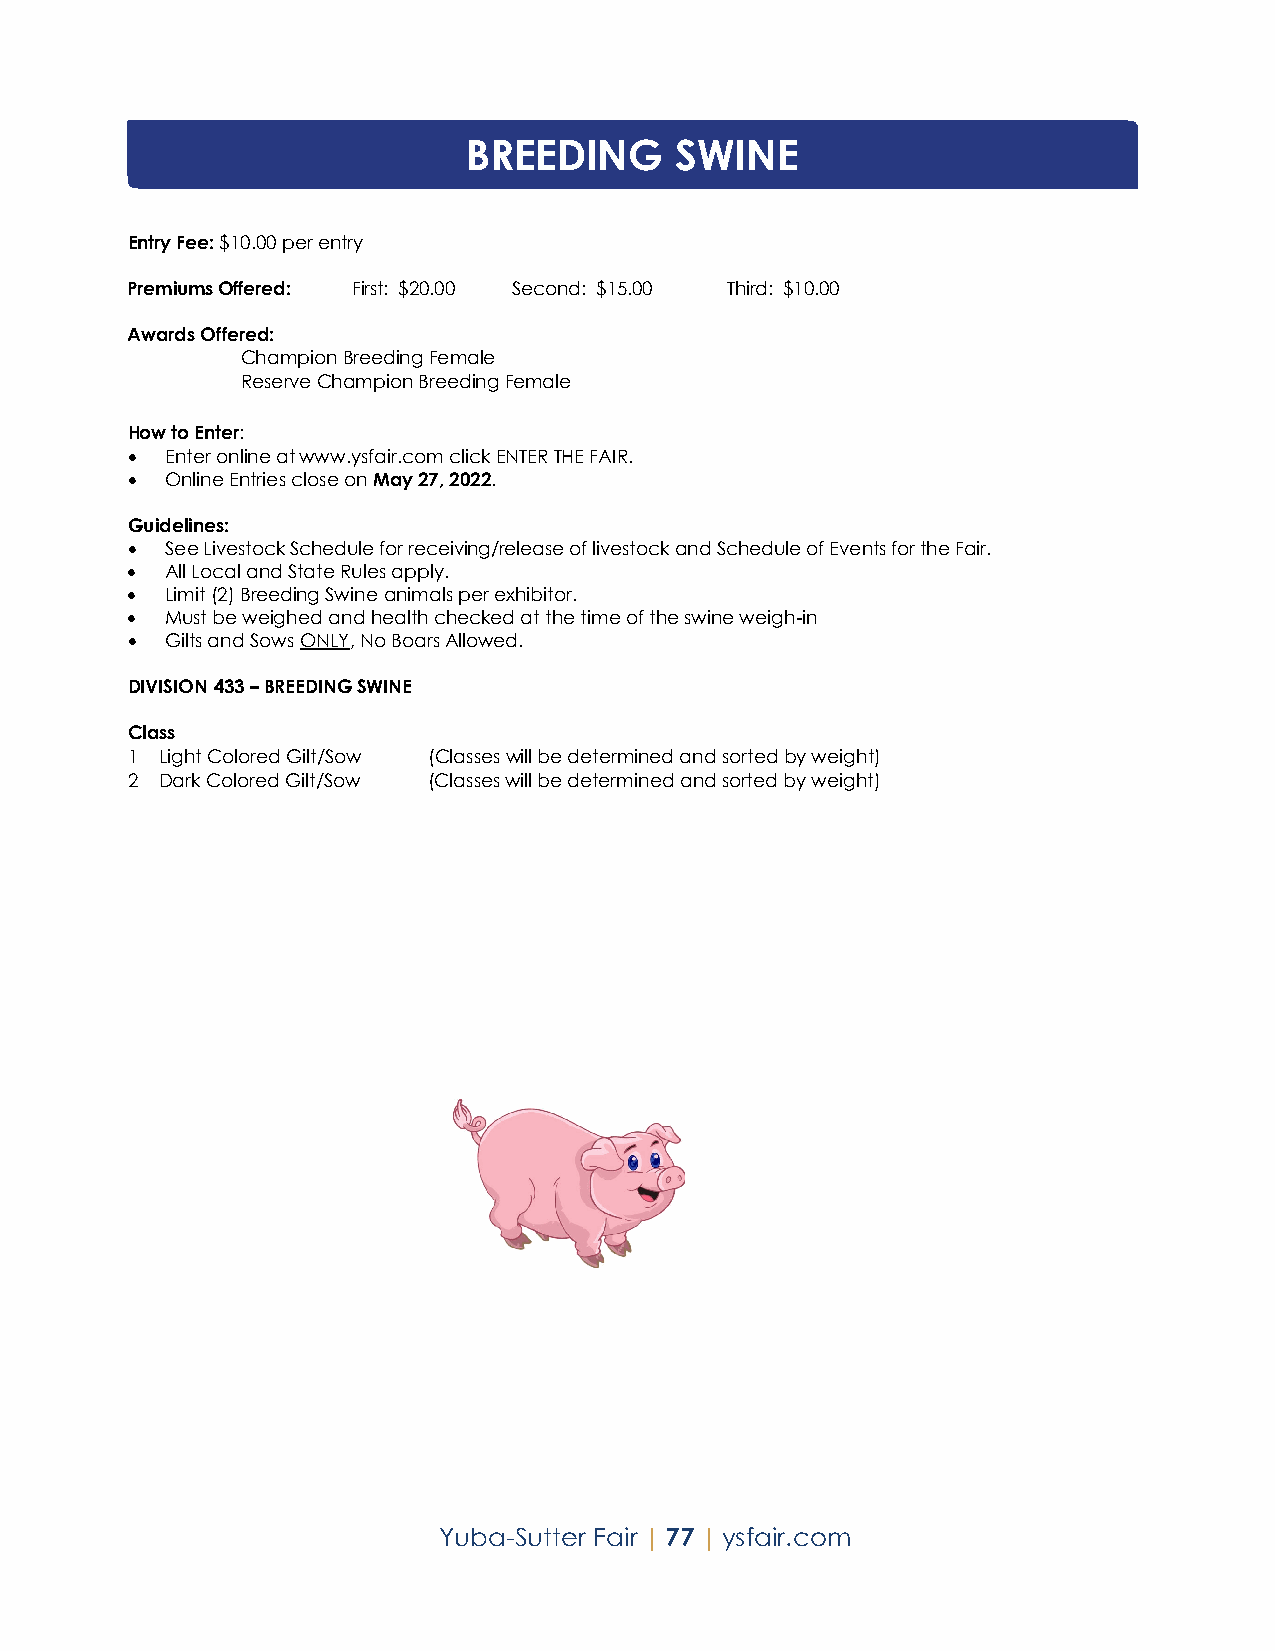
BREEDING      SWINE
 Entry Fee: $10.00 per entry
 Premiums Offered: First: $20.00 Second: $15.00 Third: $10.00
 Awards Offered:
 Champion Breeding Female
 Reserve Champion Breeding Female
 How to Enter:
 •  Enter online at www.ysfair.com click ENTER THE FAIR.
 •  Online Entries close on May 27, 2022.
 Guidelines:
 •  See Livestock Schedule for receiving/release of livestock and Schedule of Events for the Fair.
 •  All Local and State Rules apply.
 •  Limit (2) Breeding Swine animals per exhibitor.
 •  Must be weighed and health checked at the time of the swine weigh-in
 •  Gilts and Sows ONLY, No Boars Allowed.
 DIVISION 433 – BREEDING SWINE
 Class
 1  Light Colored Gilt/Sow (Classes will be determined and sorted by weight)
 2  Dark Colored Gilt/Sow (Classes will be determined and sorted by weight)
 Yuba-Sutter Fair | 77 | ysfair.com